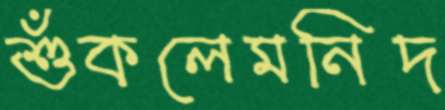
শুঁকলেমনিদ